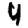
Digit: 4